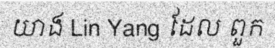
យាង Lin Yang ដែល ពួក